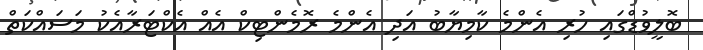
ބޮލީވުޑްގައި ހުރި އެންމެ ކާމިޔާބު އަދި އެންމެ ރޮމެންޓިކް އެއް އެކްޓަރާއެކު މަސައްކަތް